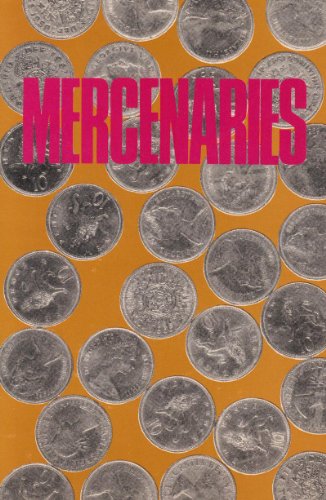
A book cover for Mercenaries: Counter-Insurgency in the Gulf; Fred Halliday; History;